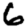
Digit: 6